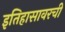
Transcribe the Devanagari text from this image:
इतिहासावरची